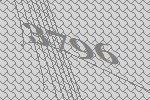
3796